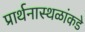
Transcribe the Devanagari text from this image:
प्रार्थनास्थळांकडे